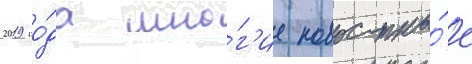
2019 го́да мно́г'ие новостны́е